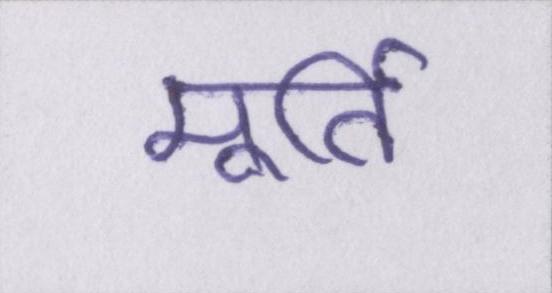
मूर्ति